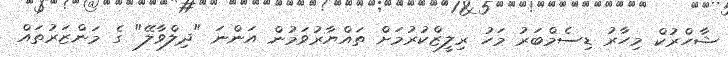
ޝާހްރުކް މިހާރު ޑިސެމްބަރު މަހު ރިލީޒްކުރުމަށް ތައްޔާރުވަމުން އަންނަ "ދިލްވާލޭ" ގެ މަންޒަރުތައް